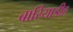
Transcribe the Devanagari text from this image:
बारियाडीह